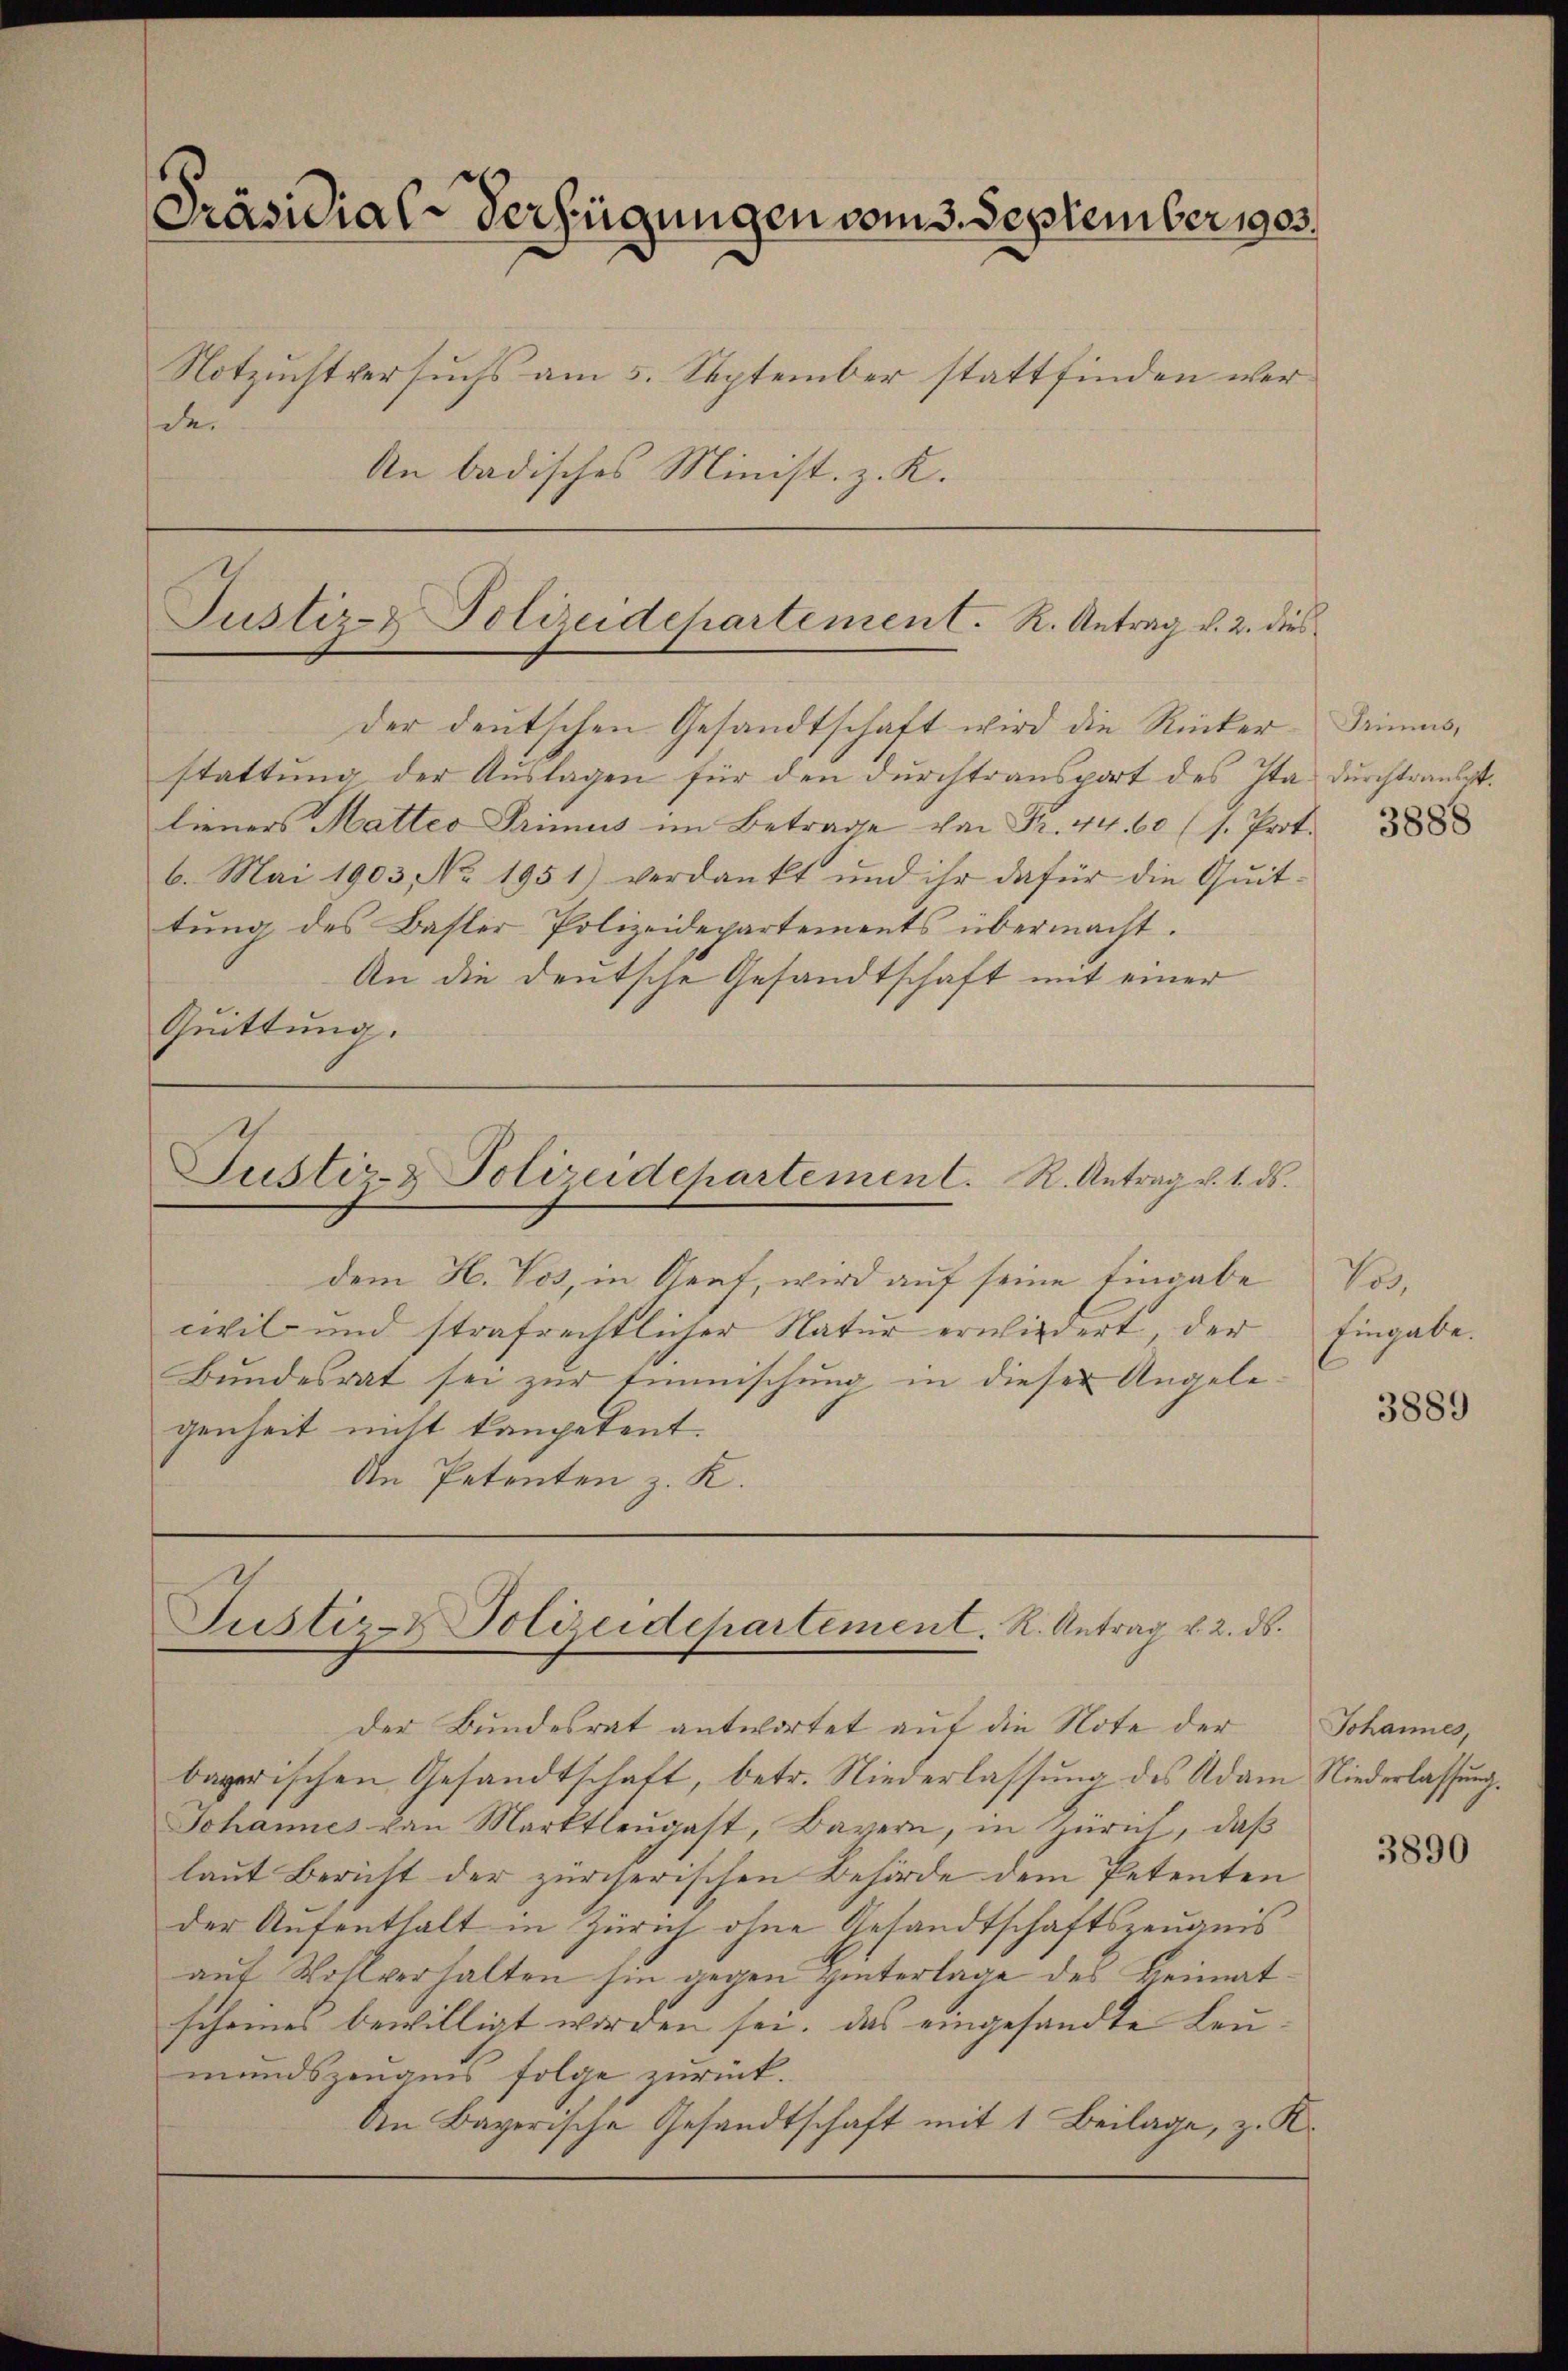
Präsidial-Verfügungen vom 3. September 1903.
Notzuchtversuchs am 5. September stattfinden werde.
An badisches Minist. z. K.

stattung der Auslagen für den durchtransport des Ita durchtraubt.
lieners Mattes Primus im Betrage von Fr. 44. 60 (s. Prot.
6. Mai 1903 No 1951) verdankt und ihr dafür die Quit-
tung des Basler Polizeidepartements übermacht.
An die deutsche Gesandtschaft mit einer
Quittung.

dem H. Vos, in Genf, wird auf seine Eingabe
wil und strafrechtlicher Natur erwiedert, der
Bundesrat sei zur Einmischung in dieser Angelegenheit nicht kompetent.
An Petenten z. K.

Justiz- & Polizeidchartement. R. Antrag v. 2. dies
der deutschen Gesandtschaft wird die Rücker¬

Justiz- & Polizeidchartement. R. Antrag v. 1. ds.

Justiz- & Polizeidchartement. K. Antrag v. 2. ds.

Der Bundesrat antwortet auf die Note der
bayerischen Gesandtschaft, betr. Niederlassung des Adam Niederlassung.
Johannes von Marktleŭgast, Bayern, in Zürich, daβ
laut Bericht der zürcherischen Behörde dem Petenten
der Aufenthalt in Zürich ohne Gesandtschaftszeugnis
auf Wohlverhalten hin gegen Hinterlage des Heimatscheines bewilligt worden sei, das eingesandte Leumundszeugnis folge zurück.
den Bayerische Gesandtschaft mit 1 Beilage, z. K

Tinus,

3888

Pos
Eingabe.

3889

Johannes,

f

3890